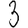
Digit: 3